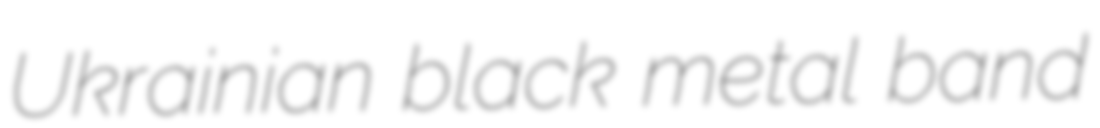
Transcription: Ukrainian black metal band